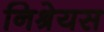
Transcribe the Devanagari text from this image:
निश्रेयस